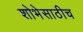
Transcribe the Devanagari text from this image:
शोभेसाठीच